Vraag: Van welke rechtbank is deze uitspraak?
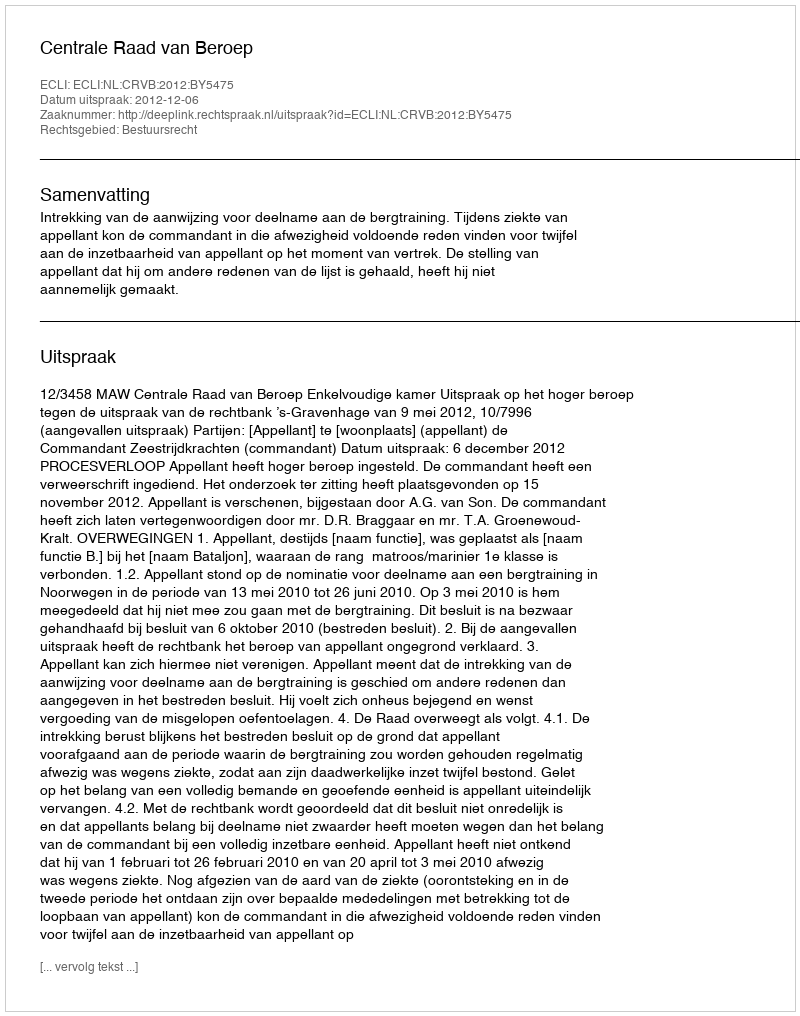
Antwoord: Centrale Raad van Beroep